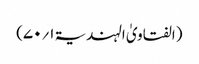
(الفتاویٰ الہندیۃ ۱؍۷۰)